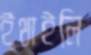
ইথাইলি